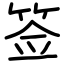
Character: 签